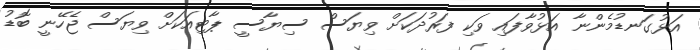
އަޅުގަނޑުމެންނާ އަޅުވާފައި ވަކި ފަރުދަކަށް ވިޔަސް ސިޔާސީ ޕާޓިއަކަށް ވިޔަސް ޖެހޭނީ ބޮޑު